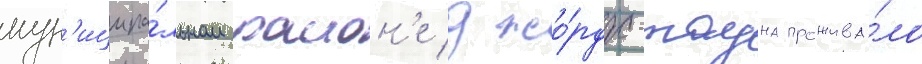
мун'иципа́льном раион'е джо́рдж-тауна прожива́ло